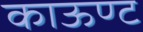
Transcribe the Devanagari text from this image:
काऊण्ट